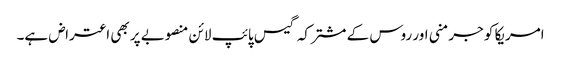
امریکا کو جرمنی اور روس کے مشترکہ گیس پائپ لائن منصوبے پر بھی اعتراض ہے۔